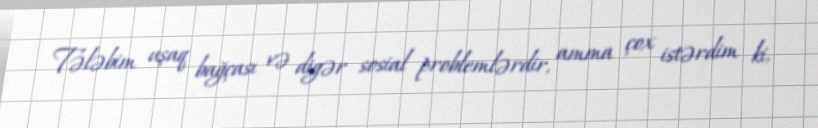
Tələbim uşaq bağçası və digər sosial problemlərdir, amma çox istərdim ki,